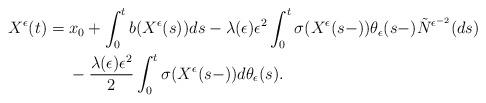
LaTeX: \begin{align*}\begin{aligned}X^{\epsilon}(t)&=x_{0}+\int^{t}_{0}b(X^{\epsilon}(s))ds-\lambda(\epsilon)\epsilon^{2}\int^{t}_{0}\sigma(X^{\epsilon}(s-))\theta_{\epsilon}(s-)\tilde{N}^{\epsilon^{-2}}(ds)\\&\ \ \ \ -\frac{\lambda(\epsilon)\epsilon^{2}}{2}\int_0^t\sigma(X^{\epsilon}(s-))d\theta_{\epsilon}(s).\end{aligned}\end{align*}